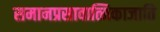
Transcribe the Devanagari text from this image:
समानप्रसावात्मिकाजाति